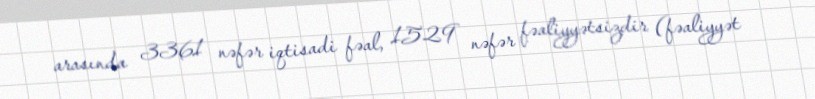
arasında 3361 nəfər iqtisadi fəal, 1529 nəfər fəaliyyətsizdir (fəaliyyət